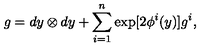
g = d y \otimes d y + \sum _ { i = 1 } ^ { n } \exp [ 2 { \phi ^ { i } } ( y ) ] g ^ { i } ,